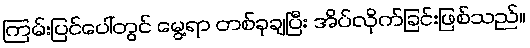
ကြမ်းပြင်ပေါ်တွင် မွေ့ရာ တစ်ခုချပြီး အိပ်လိုက်ခြင်းဖြစ်သည်။